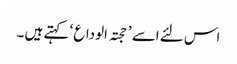
اس لئے اسے ’ حجتہ الوداع ‘ کہتے ہیں ۔